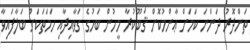
ތަންދޮރު ދަންނަ ކަމަށް ޢާންމުކޮށް ޤަބޫކުރާ މީހުން ބަހުގެ ގަވާއިދާއި ހަމަތަކަށް ބަލާފައިވާ